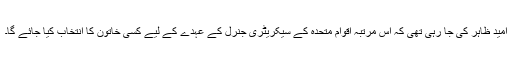
امید ظاہر کی جا رہی تھی کہ اس مرتبہ اقوام متحدہ کے سیکریٹری جنرل کے عہدے کے لیے کسی خاتون کا انتخاب کیا جائے گا۔